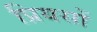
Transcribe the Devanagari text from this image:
प्रियसों